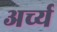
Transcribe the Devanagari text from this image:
अर्च्य